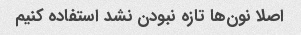
اصلا نون‌ها تازه نبودن نشد استفاده کنیم